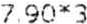
7.90*3